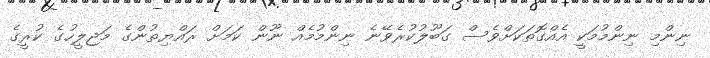
ނިންމި ނިންމުމަކީ އެއްގޮތަކަށްވެސް ގަބޫލުކުރެވޭނެ ނިންމުމެއް ނޫން ކަމަށް ރައްޔިތުންގެ މަޖިލީހުގެ ކުރީގެ